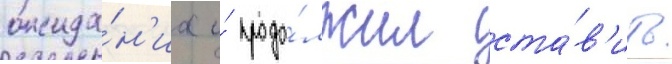
ожида́н'иа и́ продо́лжил ста́в'ить